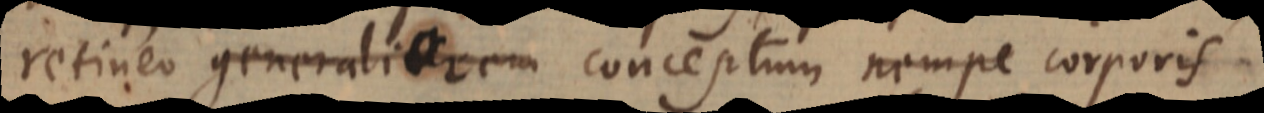
retineo generaliorem conceptum nempe corporis